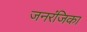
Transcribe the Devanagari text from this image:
जनरंजिका